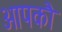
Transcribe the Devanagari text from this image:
आपकौ